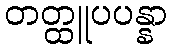
တတ္ထူပပန္နာ